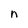
Character: n